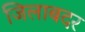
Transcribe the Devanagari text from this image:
जिलाबदर